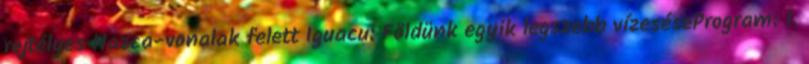
rejtélyes Nazca-vonalak felett Iguacu: Földünk egyik legszebb vízeséseProgram: 1.